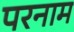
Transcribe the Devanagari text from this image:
परनाम